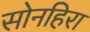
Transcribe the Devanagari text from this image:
सोनहिरा